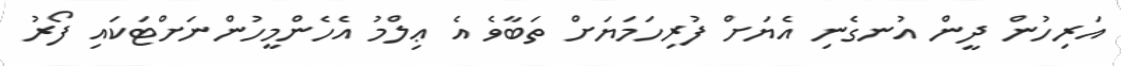
އަރިހުން ދީން އުނގެނި އެޔަށް ފުރިހަމަޔަށް ތަބާވެ އެ ޢިލްމު އެހެންމީހުންނަށްޓަކައި ފޯރު